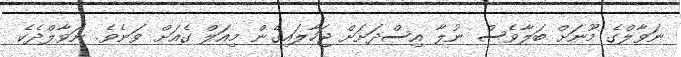
ނަވާލްގެ މޫނަށް ބަލާވެސް ނުލާ އިސްދަށަށް ޖަހާލައިގެން މިއަލް ގެއަށް ވަނެވެ. ނަވާލްދެކެ